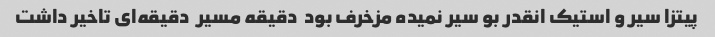
پیتزا سیر و استیک انقدر بو سیر نمیده مزخرف بود  دقیقه مسیر  دقیقه‌ای تاخیر داشت